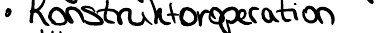
Konstruktoroperation